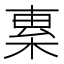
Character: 𣓧